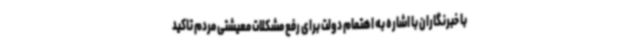
با خبرنگاران با اشاره به اهتمام دولت برای رفع مشکلات معیشتی مردم تاکید